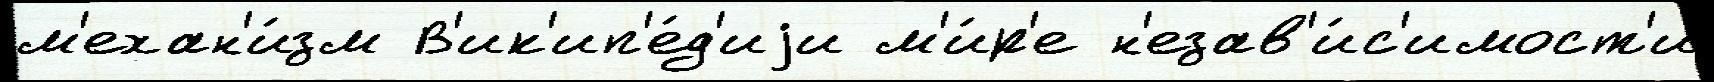
м'ехан'и́зм В'ик'ип'е́д'иjи м'и́р'е н'езав'и́с'имост'и